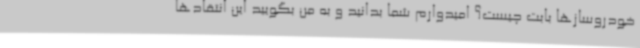
خودروسازها بابت چیست؟ امیدوارم شما بدانید و به من بگویید این انتقادها